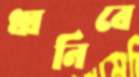
ধ্বনিবে